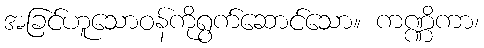
အခြင်ဟူသောဝန်ကိုရွက်ဆောင်သော။ ကဏ္ဏိကာ၊